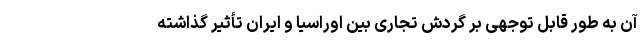
آن به طور قابل توجهی بر گردش تجاری بین اوراسیا و ایران تأثیر گذاشته